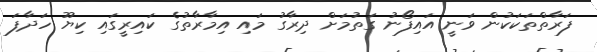
ފަރާތްތަކަކުން ވަނީ އައިފޯނު ގަތުމަށް ދިރާގު މައި އިމާރާތުގެ ކައިރީގައި ކިޔޫ ހަދާފަ